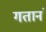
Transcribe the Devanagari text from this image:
गतानं